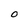
Character: O